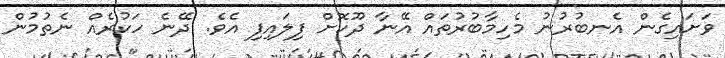
ވަށައިގެން އެނބުރުނު މެހިމާބުރުތައް އޭނާ ދޫކޮށް ފިލައިފި އެވެ. ދޭނެ ހަކުރެއް ނެތުމުން